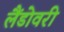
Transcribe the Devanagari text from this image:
लैंडोवरी